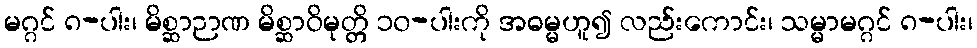
မဂ္ဂင် ၈-ပါး၊ မိစ္ဆာဉာဏ မိစ္ဆာဝိမုတ္တိ ၁၀-ပါးကို အဓမ္မဟူ၍ လည်းကောင်း၊ သမ္မာမဂ္ဂင် ၈-ပါး၊